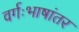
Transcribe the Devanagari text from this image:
वर्गःभाषांतर